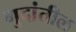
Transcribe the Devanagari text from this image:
गुदांतील